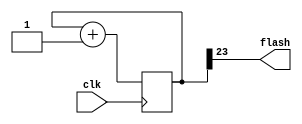
`timescale 1ns / 1ps
//////////////////////////////////////////////////////////////////////////////////
// Simple Clock Divider Style Flasher
// Paul Mumby 2012
//////////////////////////////////////////////////////////////////////////////////
module flasher(
		clk,
		flash
	);

	//Parameters:
	//================================================
	
	//Number of bits to divide MSB will be the flash output
	parameter BITS = 24;
								
	//IO Definitions:
	//================================================
	input clk;
	output flash;

	//Register/Wire Definitions:
	//================================================
	reg [BITS-1:0] counter;
	
	//Assignments:
	//================================================
	assign flash = counter[BITS-1];
	
	//Toplevel Logic:
	//================================================
	always @(posedge clk)
		counter <= counter + 1;

endmodule